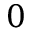
0